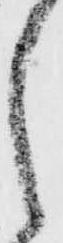
之